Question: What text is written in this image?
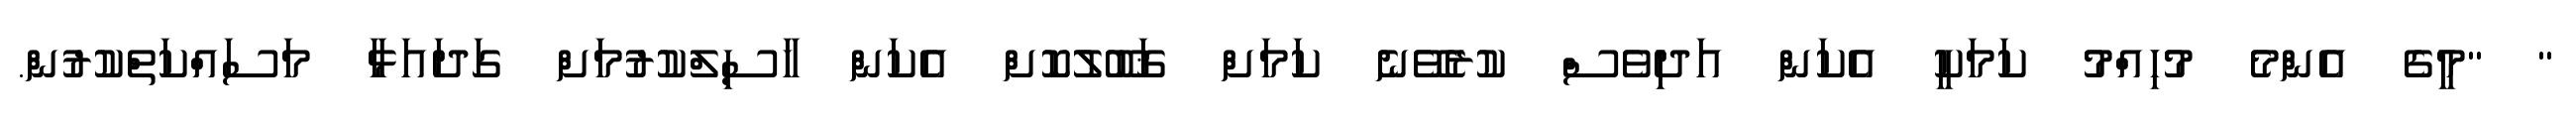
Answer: " "މީގެ އެންމެ މުހިއްމު ކަމަކީ އެކަން އަދިވެސް ކުރެވޭނެ ކަމަށް ޤަބޫލުކޮށް އެކަން ހާސިލްކުރުމަށް ގަދައަޅާ މަސައްކަތްކުރުން.